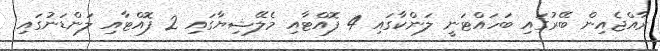
ރާއްޖެއިން ބޭރުގައި ބަހައްޓަނީ ލަންކާގައި 4 ފޮއްޓާއި މެލޭޝިޔާގައި 2 ފޮއްޓާއި ލަންޑަނުގައި